Treatise on elephants
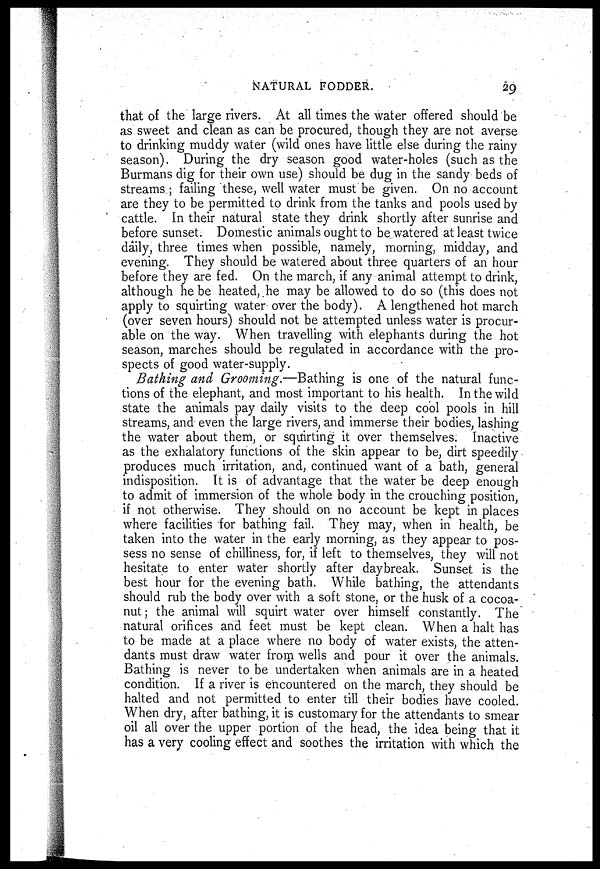
NATURAL FODDER.
29
that of the large rivers. At all times the water offered should be
as sweet and clean as can be procured, though they are not averse
to drinking muddy water (wild ones have little else during the rainy
season). During the dry season good water-holes (such as the
Burmans dig for their own use) should be dug in the sandy beds of
streams ; failing these, well water must be given. On no account
are they to be permitted to drink from the tanks and pools used by
cattle. In their natural state they drink shortly after sunrise and
before sunset. Domestic animals ought to be watered at least twice
daily, three times when possible, namely, morning, midday, and
evening. They should be watered about three quarters of an hour
before they are fed. On the march, if any animal attempt to drink,
although he be heated, he may be allowed to do so (this does not
apply to squirting water over the body). A lengthened hot march
(over seven hours) should not be attempted unless water is procur-
able on the way. When travelling with elephants during the hot
season, marches should be regulated in accordance with the pro-
spects of good water-supply.
Bathing and Grooming.—Bathing is one of the natural func-
tions of the elephant, and most important to his health. In the wild
state the animals pay daily visits to the deep cool pools in hill
streams, and even the large rivers, and immerse their bodies, lashing
the water about them, or squirting it over themselves. Inactive
as the exhalatory functions of the skin appear to be, dirt speedily
produces much irritation, and, continued want of a bath, general
indisposition. It is of advantage that the water be deep enough
to admit of immersion of the whole body in the crouching position,
if not otherwise. They should on no account be kept in places
where facilities for bathing fail. They may, when in health, be
taken into the water in the early morning, as they appear to pos-
sess no sense of chilliness, for, if left to themselves, they will not
hesitate to enter water shortly after daybreak. Sunset is the
best hour for the evening bath. While bathing, the attendants
should rub the body over with a soft stone, or the husk of a cocoa-
nut ; the animal will squirt water over himself constantly. The
natural orifices and feet must be kept clean. When a halt has
to be made at a place where no body of water exists, the atten-
dants must draw water from wells and pour it over the animals.
Bathing is never to be undertaken when animals are in a heated
condition. If a river is encountered on the march, they should be
halted and not permitted to enter till their bodies have cooled.
When dry, after bathing, it is customary for the attendants to smear
oil all over the upper portion of the head, the idea being that it
has a very cooling effect and soothes the irritation with which the